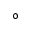
\circ